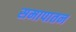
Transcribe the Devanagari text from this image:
समापातन